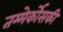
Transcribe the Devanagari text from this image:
तम्मेर्कोसकी